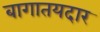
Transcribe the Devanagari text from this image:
बागातयदार